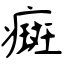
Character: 癍